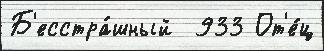
Б'есстра́шный  933 От'е́ц